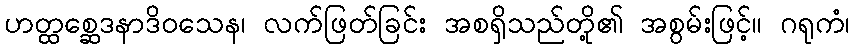
ဟတ္ထစ္ဆေဒနာဒိဝသေန၊ လက်ဖြတ်ခြင်း အစရှိသည်တို့၏ အစွမ်းဖြင့်။ ဂရုကံ၊